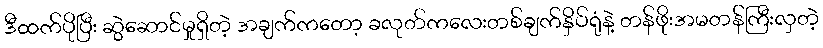
ဒီထက်ပိုပြီး ဆွဲဆောင်မှုရှိတဲ့ အချက်ကတော့ ခလုတ်ကလေးတစ်ချက်နှိပ်ရုံနဲ့ တန်ဖိုးအမတန်ကြီးလှတဲ့